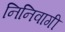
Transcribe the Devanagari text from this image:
निनिवागी